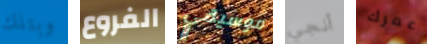
وبتلك الفروع موسيقي أنجي عمرك